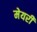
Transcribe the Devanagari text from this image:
मेयरी